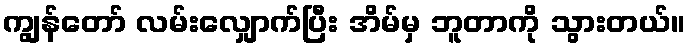
ကျွန်တော် လမ်းလျှောက်ပြီး အိမ်မှ ဘူတာကို သွားတယ်။